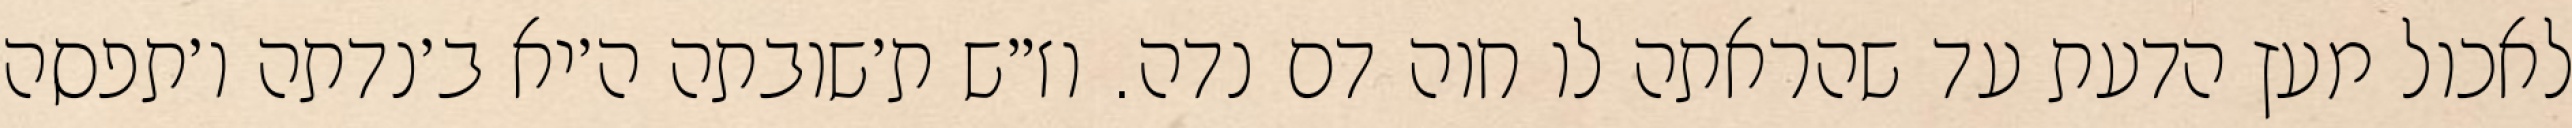
לאכול מעץ הדעת עד שהראתה לו חוה דם נדה. וז״ש ת׳שובתה ה׳יא ב׳נדתה ו׳תפסה